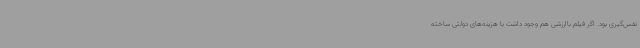
نفس‌گیری بود. اگر فیلم باارزشی هم وجود داشت با هزینه‌های دولتی ساخته